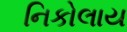
નિકોલાય